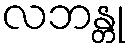
လဘန္တု